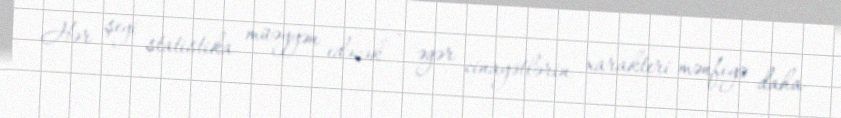
Hər şeyi statistika müəyyən edəcək - əgər cinayətlərin xarakteri mənfiyə daha